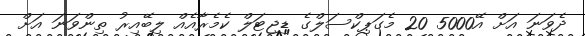
ދެވަނަ އަށް އޭ5000 20 މެގަޕިކްސަލްގެ ޑިޖިޓަލް ކެމެރާއެއް ލިބޭއިރު ތިންވަނަ އަށް